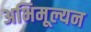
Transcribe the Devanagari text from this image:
अभिमूल्यन